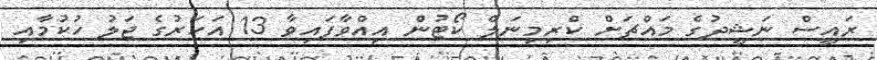
ރައީސް ނަޝީދުގެ މައްޗަށް ކްރިމިނަލް ކޯޓުން އިއްވާފައިވާ 13 އަހަރުގެ ޖަލު ހުކުމާއި